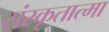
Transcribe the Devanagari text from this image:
संस्कृतात्मा